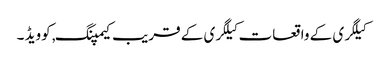
کیلگری کے واقعات کیلگری کے قریب کیمپنگ, کوویڈ ۔